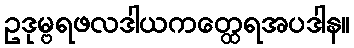
ဥဒုမ္ဗရဖလဒါယကတ္ထေရအပဒါန။